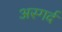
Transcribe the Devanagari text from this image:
अस्गर्द